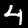
Digit: 4